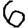
Digit: 6